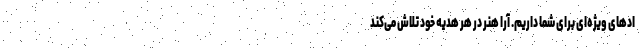
اد‌های ویژه‌ای برای شما داریم. آرا هنر در هر هدیه خود تلاش می‌کند